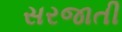
સરજાતી